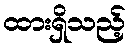
ထားရှိသည့်